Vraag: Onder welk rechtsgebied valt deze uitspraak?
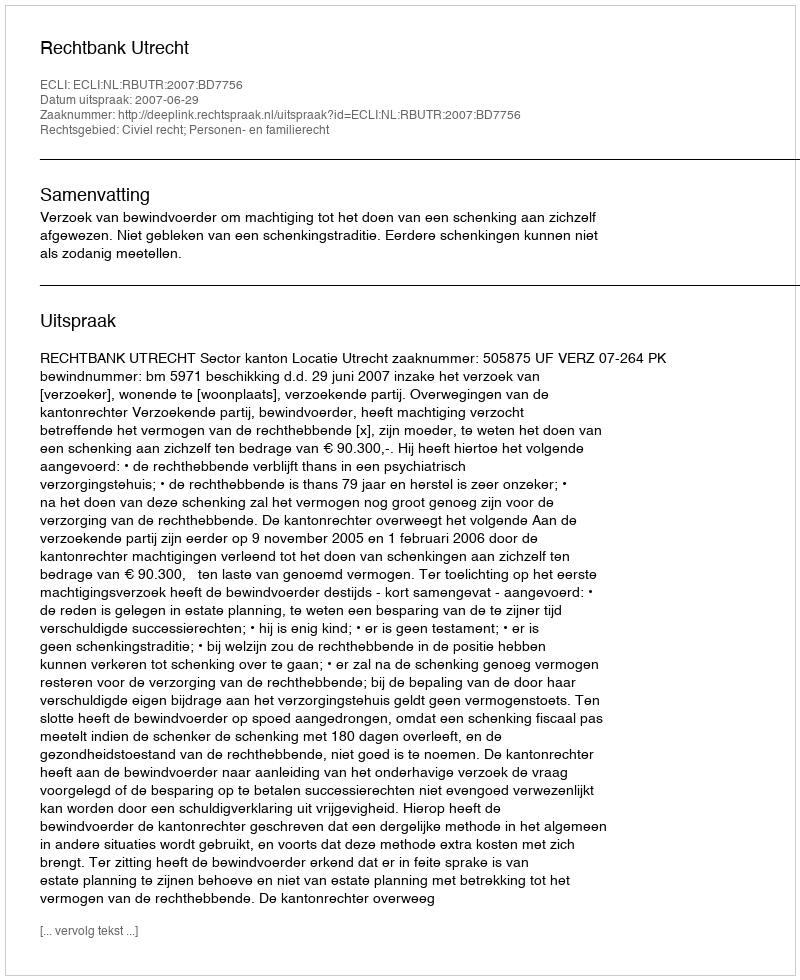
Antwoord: Civiel recht; Personen- en familierecht